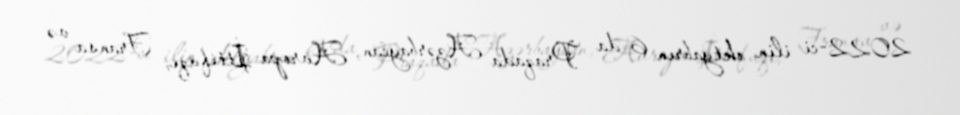
2022-ci ilin oktyabrın 6-da Praqada Azərbaycan, Avropa İttifaqı, Fransa və